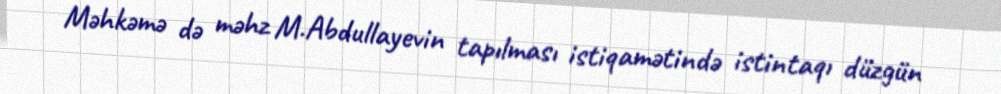
Məhkəmə də məhz M.Abdullayevin tapılması istiqamətində istintaqı düzgün